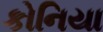
કોનિયા